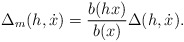
\begin{align*}\Delta_m(h,\dot x)={b(h x)\over b(x)}\Delta(h,\dot x).\end{align*}